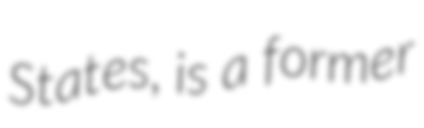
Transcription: States, is a former